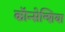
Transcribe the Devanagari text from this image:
कॉन्सेन्शिया